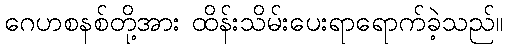
ဂေဟစနစ်တို့အား ထိန်းသိမ်းပေးရာရောက်ခဲ့သည်။